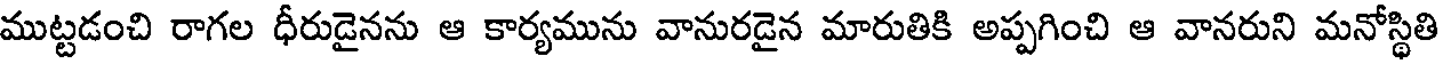
ముట్టడంచి రాగల ధీరుడైనను ఆ కార్యమును వానురడైన మారుతికి అప్పగించి ఆ వానరుని మనోస్థితి